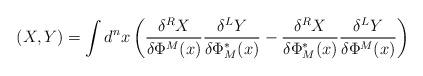
LaTeX: \begin{align*}(X,Y)=\int d^nx\left( \frac{\delta^RX}{\delta\Phi^M(x)}\frac{\delta^LY}{\delta\Phi^*_M(x)}-\frac{\delta^RX}{\delta\Phi^*_M(x)}\frac{\delta^LY}{\delta\Phi^M(x)}\right)\end{align*}